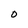
Character: O